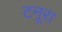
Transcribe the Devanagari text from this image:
टनूरा